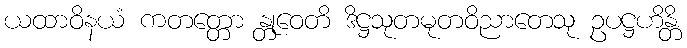
ယထာဝိနယံ ကတတ္တော န္တုဝေတိ ဒိဋ္ဌသုတမုတဝိညာတေသု ဥပဋ္ဌဟိန္တိ